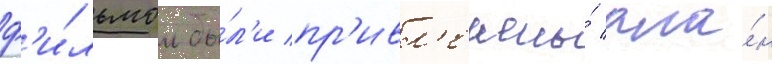
ф'и́льмом бы́л'и пр'ивл'ечены́ ала́н